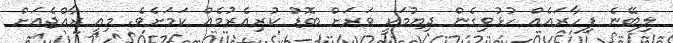
ލިބޭނެ ފިހާރައެއް ހުޅުވިގެން ދިޔުމަކީ ވަރަށް ބޮޑު ކުރިއެރުމެއް ކަމަށެވެ. މިއީ ރާއްޖެއަށް